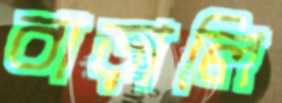
বাড়ালি